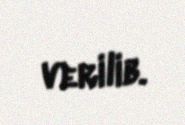
verilib.